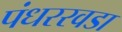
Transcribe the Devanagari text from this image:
पंधररवडा